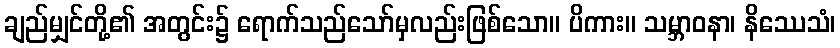
ချည်မျှင်တို့၏ အတွင်း၌ ရောက်သည်သော်မှလည်းဖြစ်သော။ ပိကား။ သမ္ဘာဝနာ၊ နိဿေသံ၊